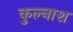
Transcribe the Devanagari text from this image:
कुल्नाश